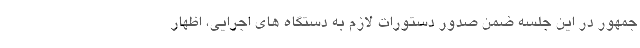
جمهور در این جلسه ضمن صدور دستورات لازم به دستگاه های اجرایی، اظهار